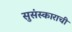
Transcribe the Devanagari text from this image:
सुसंस्काराची